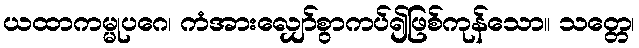
ယထာကမ္မုပဂေ၊ ကံအားလျှော်စွာကပ်၍ဖြစ်ကုန်သော။ သတ္တေ၊